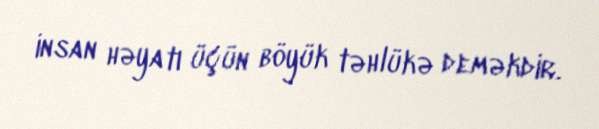
insan həyatı üçün böyük təhlükə deməkdir.